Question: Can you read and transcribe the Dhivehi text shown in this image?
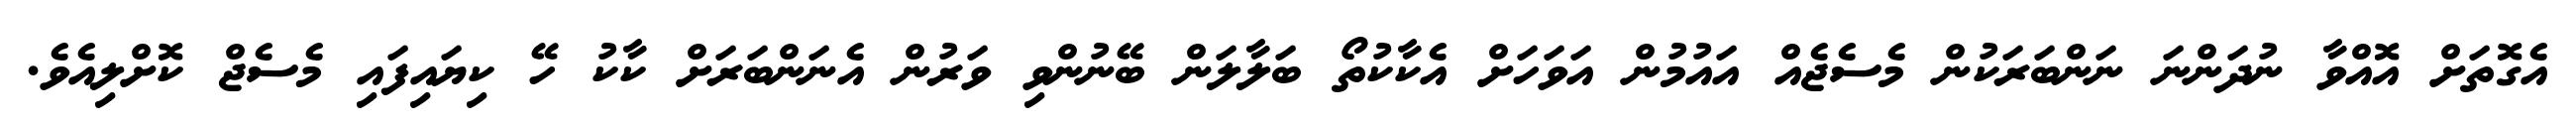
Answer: އެގޮތަށް އޮއްވާ ނުދަންނަ ނަންބަރަކުން މެސެޖެއް އައުމުން އަވަހަށް އެކާކުތޯ ބަލާލަން ބޭނުންވި ވަރުން އެނަންބަރަށް ކާކު ހޭ ކިޔައިފައި މެސެޖް ކޮށްލިއެވެ.